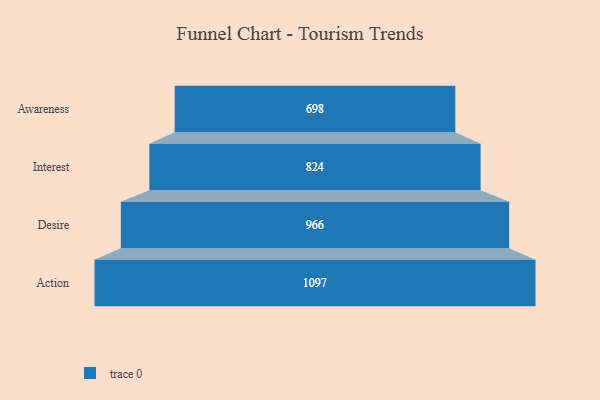
{"axis": {"x": "Stage", "y": "Value"}, "legend": [""], "data": [{"x": "Awareness", "y": 698.0, "type": ""}, {"x": "Interest", "y": 824.0, "type": ""}, {"x": "Desire", "y": 966.0, "type": ""}, {"x": "Action", "y": 1097.0, "type": ""}]}